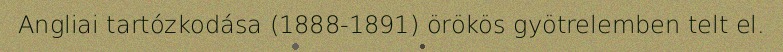
Angliai tartózkodása (1888-1891) örökös gyötrelemben telt el.